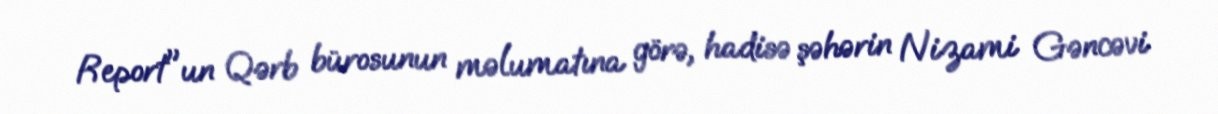
Report"un Qərb bürosunun məlumatına görə, hadisə şəhərin Nizami Gəncəvi